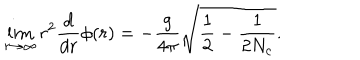
\lim _ { r \to \infty } r ^ { 2 } \frac { d } { d r } \phi ( r ) = - \frac { g } { 4 \pi } \sqrt { \frac { 1 } { 2 } - \frac { 1 } { 2 N _ { c } } } .